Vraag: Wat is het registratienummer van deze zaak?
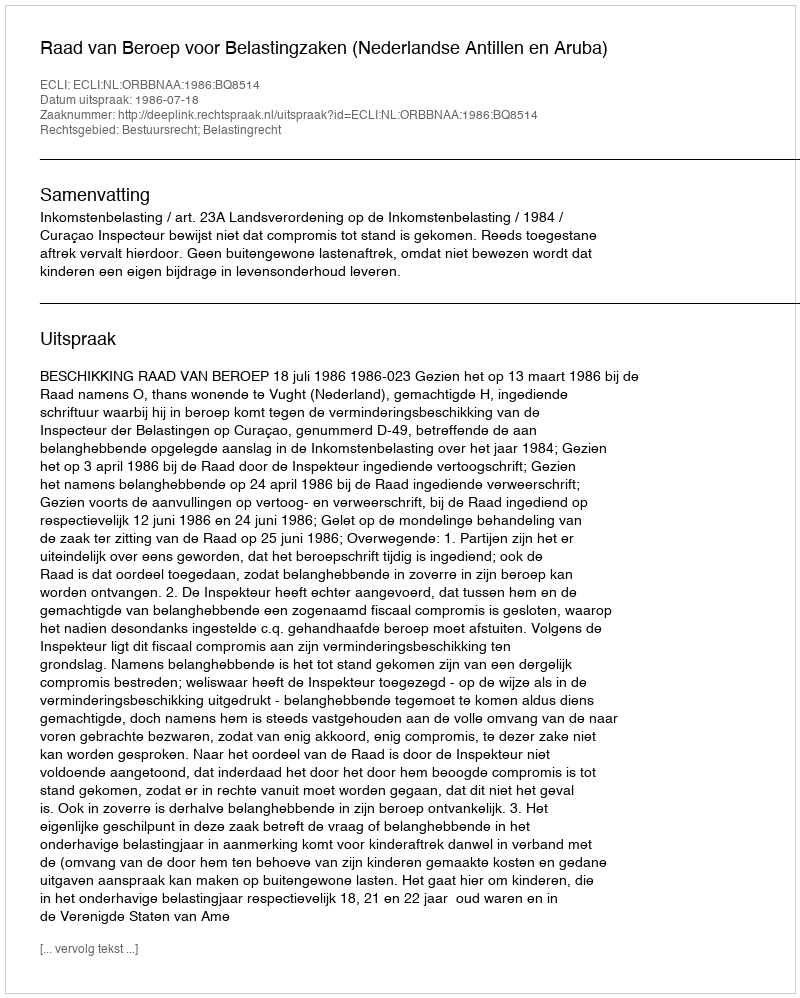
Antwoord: http://deeplink.rechtspraak.nl/uitspraak?id=ECLI:NL:ORBBNAA:1986:BQ8514